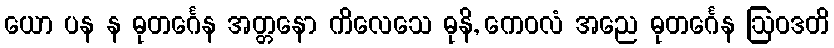
ယော ပန န ဓုတင်္ဂေန အတ္တနော ကိလေသေ ဓုနိ, ကေဝလံ အညေ ဓုတင်္ဂေန ဩဝဒတိ